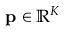
\mathbf { p } \in \mathbb { R } ^ { K }